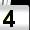
Digit: 4